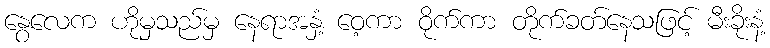
နွေလေက ဟိုမှသည်မှ နေရာအနှံ့ ဝေ့ကာ ဝိုက်ကာ တိုက်ခတ်နေသဖြင့် မီးခိုးနံ့